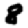
Digit: 8